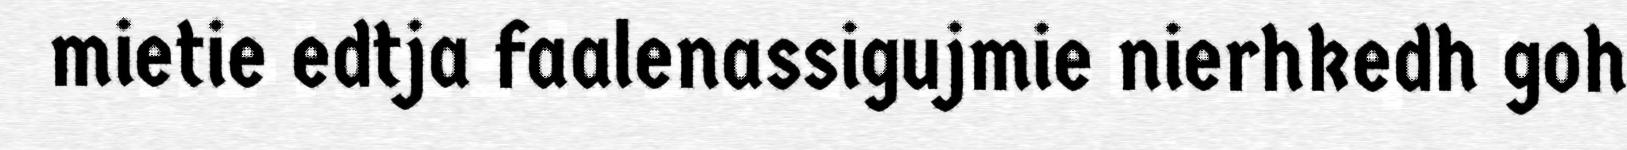
mietie edtja faalenassigujmie nierhkedh goh